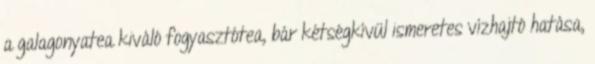
a galagonyatea kiváló fogyasztótea, bár kétségkívül ismeretes vízhajtó hatása,